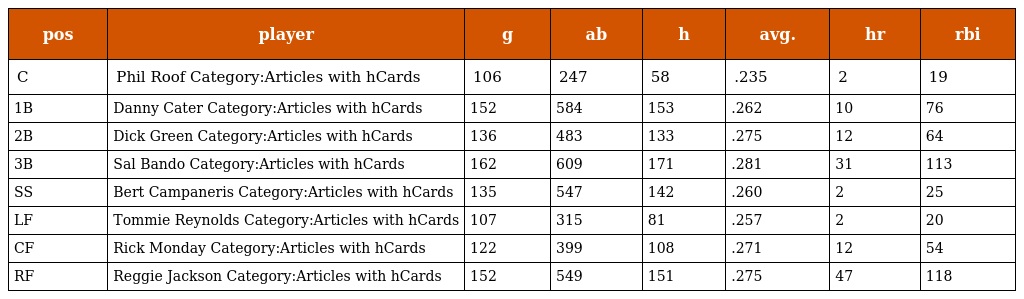
| pos | player | g | ab | h | avg. | hr | rbi |
 | --- | --- | --- | --- | --- | --- | --- | --- |
 | C | Phil Roof Category:Articles with hCards | 106 | 247 | 58 | .235 | 2 | 19 |
 | 1B | Danny Cater Category:Articles with hCards | 152 | 584 | 153 | .262 | 10 | 76 |
 | 2B | Dick Green Category:Articles with hCards | 136 | 483 | 133 | .275 | 12 | 64 |
 | 3B | Sal Bando Category:Articles with hCards | 162 | 609 | 171 | .281 | 31 | 113 |
 | SS | Bert Campaneris Category:Articles with hCards | 135 | 547 | 142 | .260 | 2 | 25 |
 | LF | Tommie Reynolds Category:Articles with hCards | 107 | 315 | 81 | .257 | 2 | 20 |
 | CF | Rick Monday Category:Articles with hCards | 122 | 399 | 108 | .271 | 12 | 54 |
 | RF | Reggie Jackson Category:Articles with hCards | 152 | 549 | 151 | .275 | 47 | 118 |